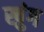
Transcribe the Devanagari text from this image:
खुंग